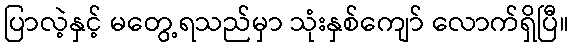
ပြာလဲ့နှင့် မတွေ့ရသည်မှာ သုံးနှစ်ကျော် လောက်ရှိပြီ။